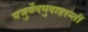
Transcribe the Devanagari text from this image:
यजुर्वेदमुदाहरन्तीं